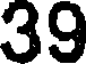
39